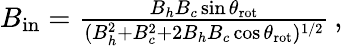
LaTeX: \begin{array}{r}{B_{\mathrm{in}}=\frac{B_{h}B_{c}\sin{\theta_{\mathrm{rot}}}}{(B_{h}^{2}+B_{c}^{2}+2B_{h}B_{c}\cos{\theta_{\mathrm{rot}}})^{1/2}}\, ,}\end{array}